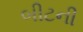
બીટની